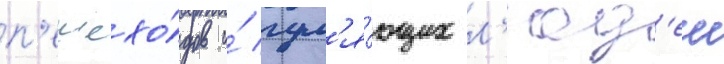
п'ешехо́дов и́ гул'я́ющих л'юд'еи